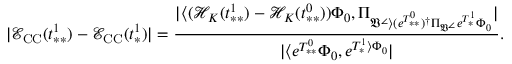
| \mathcal { E } _ { \mathrm { C C } } ( t _ { * * } ^ { 1 } ) - \mathcal { E } _ { \mathrm { C C } } ( t _ { * } ^ { 1 } ) | = \frac { | \langle ( \mathcal { H } _ { K } ( t _ { * * } ^ { 1 } ) - \mathcal { H } _ { K } ( t _ { * * } ^ { 0 } ) ) \Phi _ { 0 } , \Pi _ { \mathfrak { V } ^ { \angle } \rangle ( e ^ { T _ { * * } ^ { 0 } } ) ^ { \dag } \Pi _ { \mathfrak { V } ^ { \angle } } e ^ { T _ { * } ^ { 1 } } \Phi _ { 0 } } | } { | \langle e ^ { T _ { * * } ^ { 0 } } \Phi _ { 0 } , e ^ { T _ { * } ^ { 1 } \rangle \Phi _ { 0 } } | } .